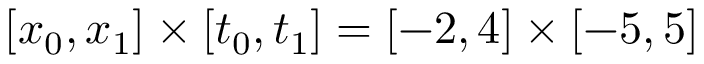
[ x _ { 0 } , x _ { 1 } ] \times [ t _ { 0 } , t _ { 1 } ] = [ - 2 , 4 ] \times [ - 5 , 5 ]